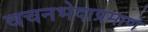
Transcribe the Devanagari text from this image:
वचनभेदाप्रमाणे